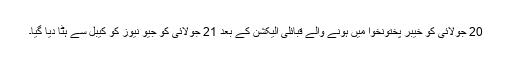
20 جولائی کو خیبر پختونخوا میں ہونے والے قبائلی الیکشن کے بعد 21 جولائی کو جیو نیوز کو کیبل سے ہٹا دیا گیا۔